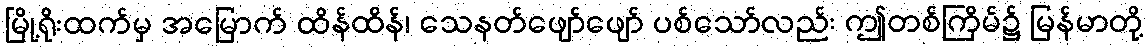
မြို့ရိုးထက်မှ အမြောက် ထိန်ထိန်၊ သေနတ်ဖျော်ဖျော် ပစ်သော်လည်း ဤတစ်ကြိမ်၌ မြန်မာတို့